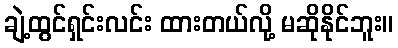
ချဲ့ထွင်ရှင်းလင်း ထားတယ်လို့ မဆိုနိုင်ဘူး။